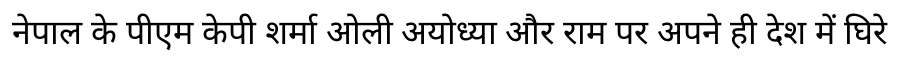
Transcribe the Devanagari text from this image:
नेपाल के पीएम केपी शर्मा ओली अयोध्या और राम पर अपने ही देश में घिरे